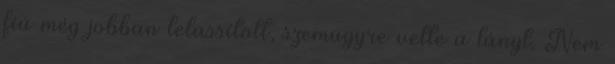
fiú még jobban lelassított, szemügyre vette a lányt. Nem